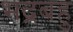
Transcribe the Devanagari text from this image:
भद्रबहु